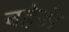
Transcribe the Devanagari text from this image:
बहेङी